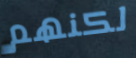
لكنهم